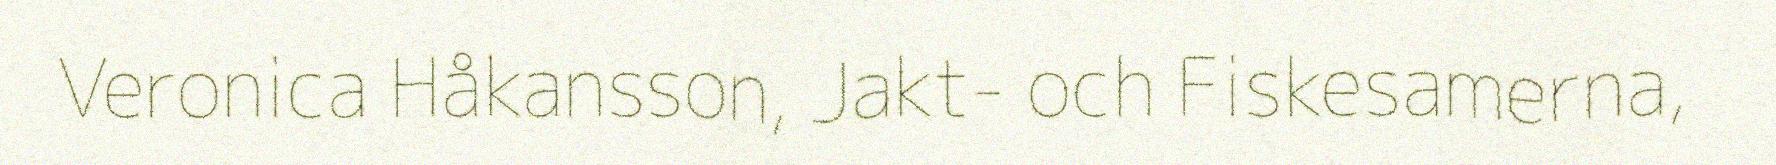
Veronica Håkansson, Jakt- och Fiskesamerna,